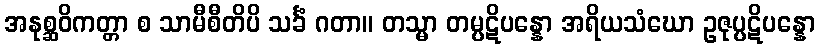
အနုစ္ဆဝိကတ္တာ စ သာမီစီတိပိ သင်္ခံ ဂတာ။ တသ္မာ တမ္ပဋိပန္နော အရိယသံဃော ဥဇုပ္ပဋိပန္နော